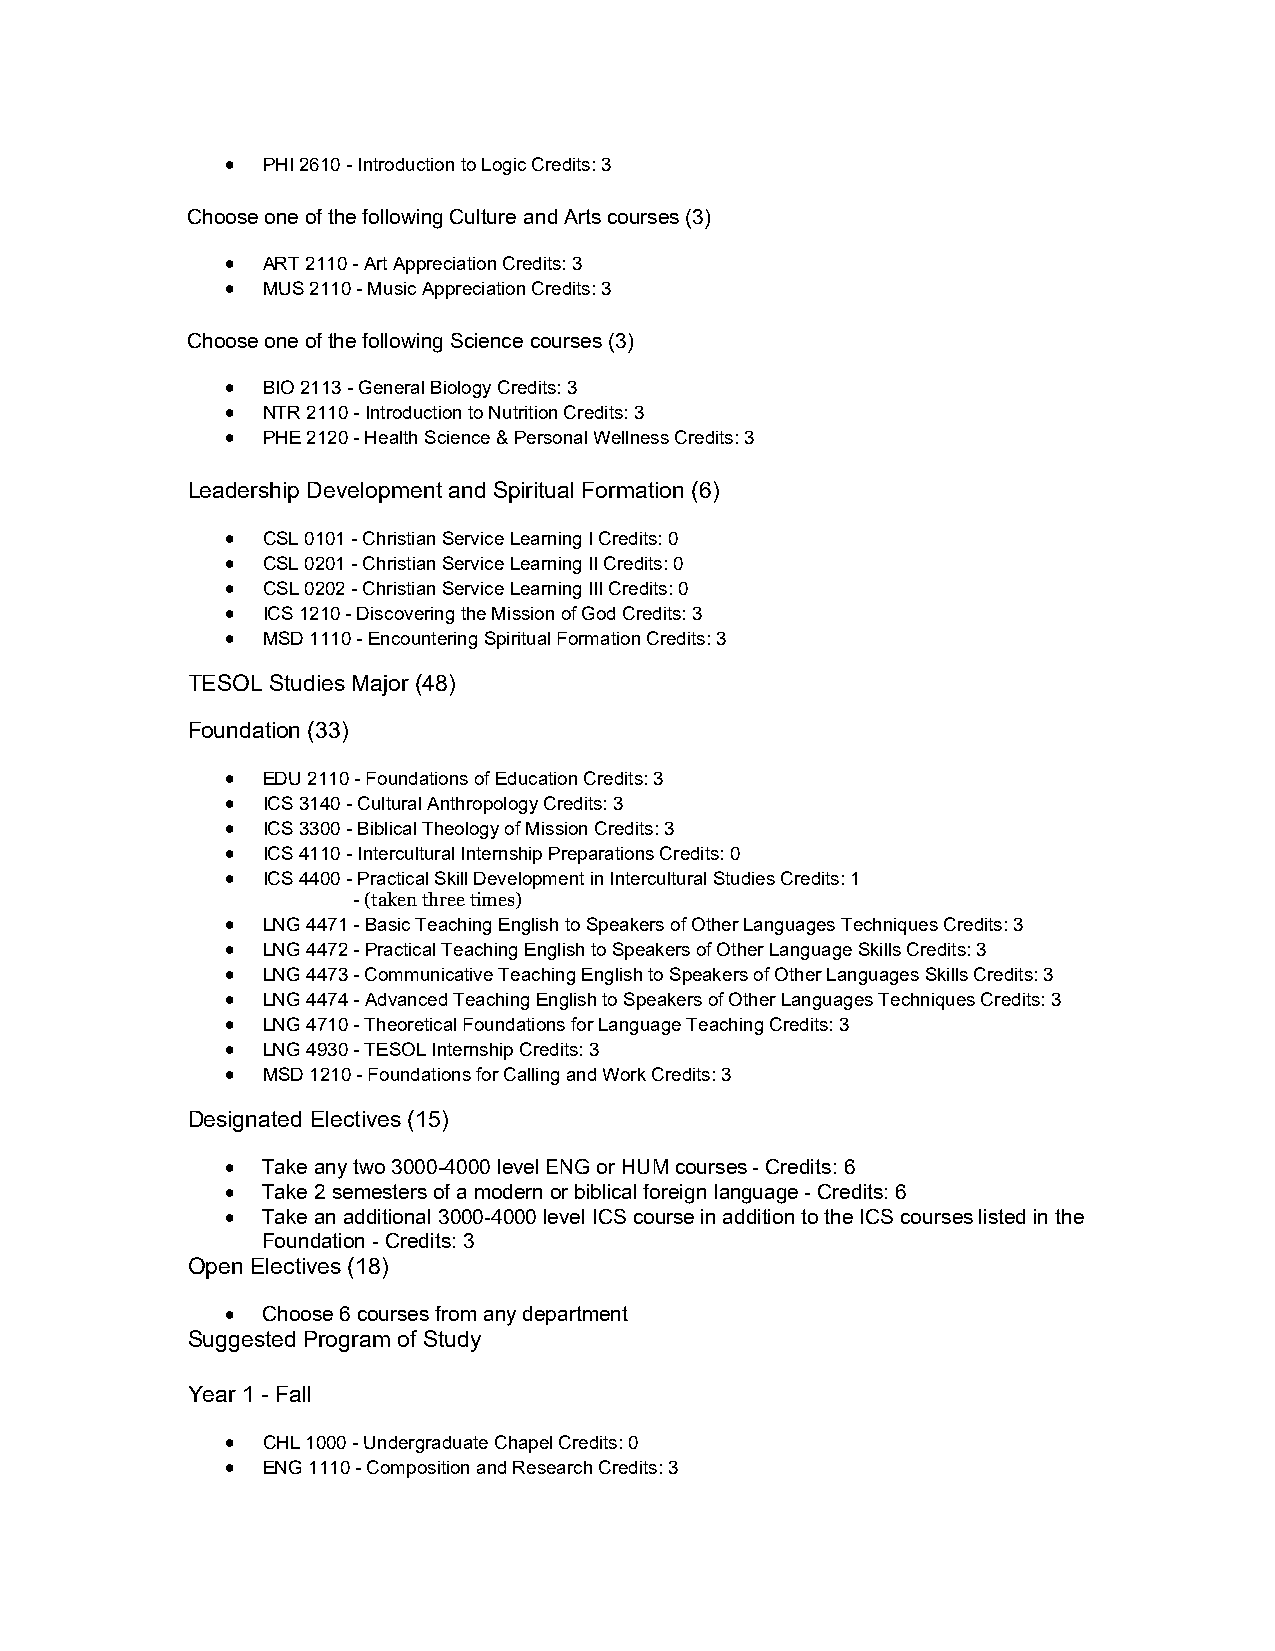
 PHI 2610 - Introduction to Logic Credits: 3
 Choose one of the following Culture and Arts courses (3)
  ART 2110 - Art Appreciation Credits: 3
  MUS 2110 - Music Appreciation Credits: 3
 Choose one of the following Science courses (3)
  BIO 2113 - General Biology Credits: 3
  NTR 2110 - Introduction to Nutrition Credits: 3
  PHE 2120 - Health Science & Personal Wellness Credits: 3
 Leadership Development and Spiritual Formation (6)
  CSL 0101 - Christian Service Learning I Credits: 0
  CSL 0201 - Christian Service Learning II Credits: 0
  CSL 0202 - Christian Service Learning III Credits: 0
  ICS 1210 - Discovering the Mission of God Credits: 3
  MSD 1110 - Encountering Spiritual Formation Credits: 3
 TESOL Studies Major (48)
 Foundation (33)
  EDU 2110 - Foundations of Education Credits: 3
  ICS 3140 - Cultural Anthropology Credits: 3
  ICS 3300 - Biblical Theology of Mission Credits: 3
  ICS 4110 - Intercultural Internship Preparations Credits: 0
  ICS 4400 - Practical Skill Development in Intercultural Studies Credits: 1
 - (taken three times)
  LNG 4471 - Basic Teaching English to Speakers of Other Languages Techniques Credits: 3
  LNG 4472 - Practical Teaching English to Speakers of Other Language Skills Credits: 3
  LNG 4473 - Communicative Teaching English to Speakers of Other Languages Skills Credits: 3
  LNG 4474 - Advanced Teaching English to Speakers of Other Languages Techniques Credits: 3
  LNG 4710 - Theoretical Foundations for Language Teaching Credits: 3
  LNG 4930 - TESOL Internship Credits: 3
  MSD 1210 - Foundations for Calling and Work Credits: 3
 Designated Electives (15)
  Take any two 3000-4000 level ENG or HUM courses - Credits: 6
  Take 2 semesters of a modern or biblical foreign language - Credits: 6
  Take an additional 3000-4000 level ICS course in addition to the ICS courses listed in the
 Foundation - Credits: 3
 Open Electives (18)
  Choose 6 courses from any department
 Suggested Program of Study
 Year 1 - Fall
  CHL 1000 - Undergraduate Chapel Credits: 0
  ENG 1110 - Composition and Research Credits: 3